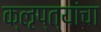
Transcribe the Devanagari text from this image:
क्‍ऌप्त्यांचा